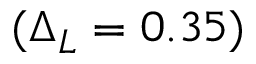
( \Delta _ { L } = 0 . 3 5 )